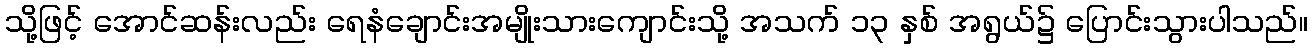
သို့ဖြင့် အောင်ဆန်းလည်း ရေနံချောင်းအမျိုးသားကျောင်းသို့ အသက် ၁၃ နှစ် အရွယ်၌ ပြောင်းသွားပါသည်။